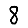
Digit: 8